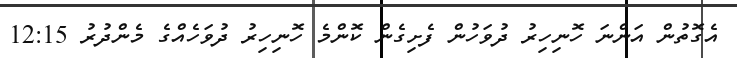
އެގޮތުން އަންނަ ހޮނިހިރު ދުވަހުން ފެށިގެން ކޮންމެ ހޮނިހިރު ދުވަހެއްގެ މެންދުރު 12:15